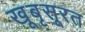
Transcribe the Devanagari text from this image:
खूबृसूरत